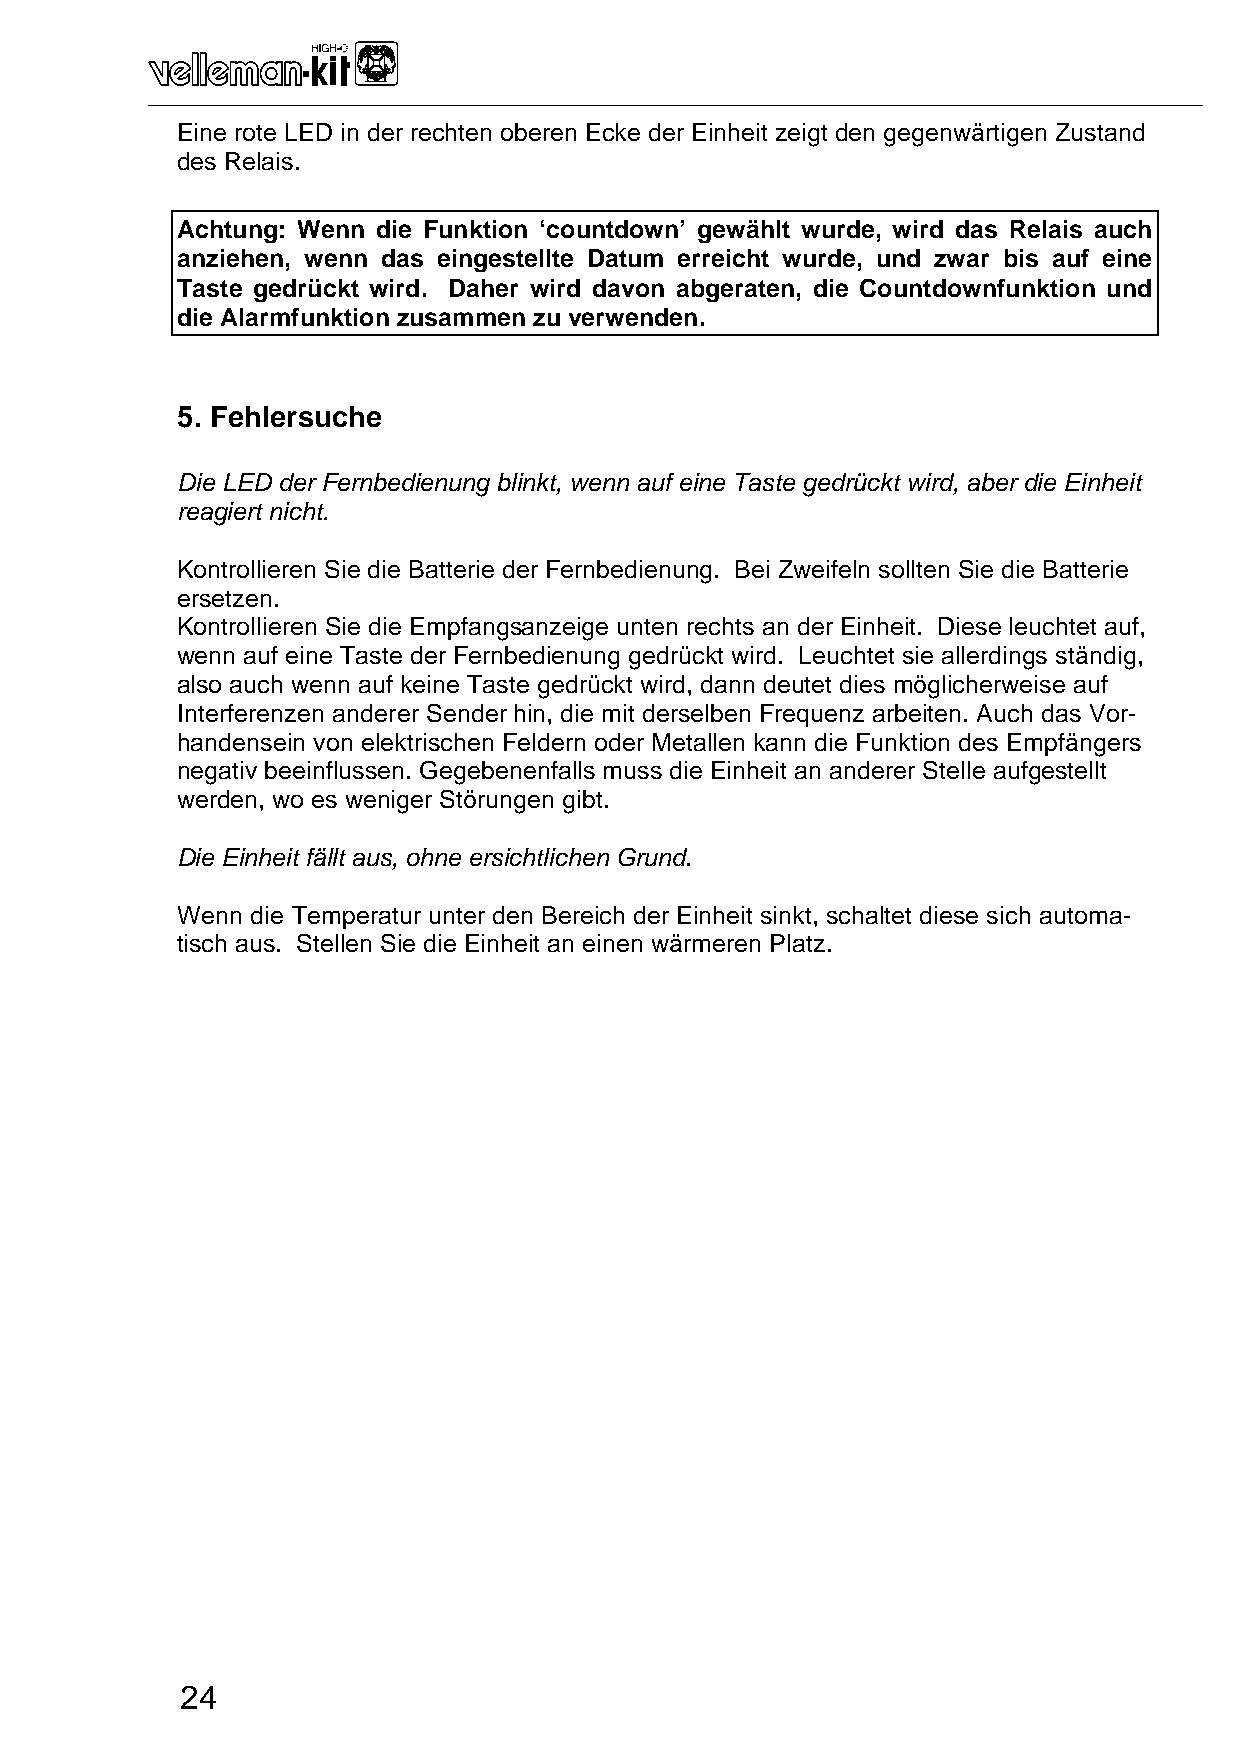
_______________________________________________________________________________________________________________________________________________________
 Eine rote LED in der rechten oberen Ecke der Einheit zeigt den gegenwärtigen Zustand
 des Relais.
 Achtung: Wenn die Funktion ‘countdown’ gewählt wurde, wird das Relais auch
 anziehen, wenn das eingestellte Datum erreicht wurde, und zwar bis auf eine
 Taste gedrückt wird. Daher wird davon abgeraten, die Countdownfunktion und
 die Alarmfunktion zusammen zu verwenden.
 5. Fehlersuche
 Die LED der Fernbedienung blinkt, wenn auf eine Taste gedrückt wird, aber die Einheit
 reagiert nicht.
 Kontrollieren Sie die Batterie der Fernbedienung. Bei Zweifeln sollten Sie die Batterie
 ersetzen.
 Kontrollieren Sie die Empfangsanzeige unten rechts an der Einheit. Diese leuchtet auf,
 wenn auf eine Taste der Fernbedienung gedrückt wird. Leuchtet sie allerdings ständig,
 also auch wenn auf keine Taste gedrückt wird, dann deutet dies möglicherweise auf
 Interferenzen anderer Sender hin, die mit derselben Frequenz arbeiten. Auch das Vor-
 handensein von elektrischen Feldern oder Metallen kann die Funktion des Empfängers
 negativ beeinflussen. Gegebenenfalls muss die Einheit an anderer Stelle aufgestellt
 werden, wo es weniger Störungen gibt.
 Die Einheit fällt aus, ohne ersichtlichen Grund.
 Wenn die Temperatur unter den Bereich der Einheit sinkt, schaltet diese sich automa-
 tisch aus. Stellen Sie die Einheit an einen wärmeren Platz.
 24